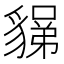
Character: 𧳼